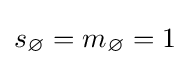
s_{\varnothing }=m_{\varnothing }=1